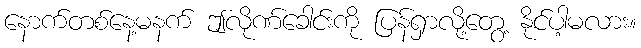
နောက်တစ်နေ့မနက် ဤလိုဏ်ခေါင်းကို ပြန်ရှာလို့တွေ့ နိုင်ပါ့မလား။